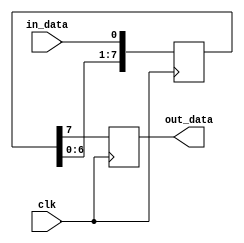
module shift_register (
    input clk,
    input in_data,
    output reg out_data
);

reg [7:0] reg_data;

always @(posedge clk) begin
    reg_data <= {reg_data[6:0], in_data};
    out_data <= reg_data[7];
end

endmodule